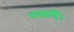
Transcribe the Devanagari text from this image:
पत्रादि।